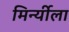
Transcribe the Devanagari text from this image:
मिर्न्यीला